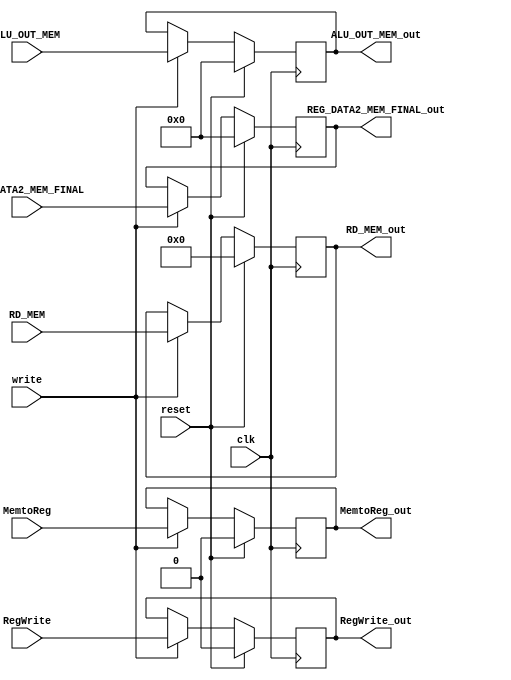
`timescale 1ns / 1ps
//////////////////////////////////////////////////////////////////////////////////
// Company: 
// Engineer: 
// 
// Design Name: 
// Module Name: pipe_MEM_WB
// Project Name: 
// Target Devices: 
// Tool Versions: 
// Description: 
// 
// Dependencies: 
// 
// Revision:
// Revision 0.01 - File Created
// Additional Comments:
// 
//////////////////////////////////////////////////////////////////////////////////


module pipe_MEM_WB(
 input reset,write,clk,
    input MemtoReg,
    input RegWrite,
    input [31:0] ALU_OUT_MEM,
    input [31:0] REG_DATA2_MEM_FINAL,
    input [4:0]RD_MEM,
 
    output reg MemtoReg_out ,
    output reg RegWrite_out,
    output reg [31:0] ALU_OUT_MEM_out,
    output reg [31:0] REG_DATA2_MEM_FINAL_out,
    output reg [4:0]RD_MEM_out
    );
    
    always @(posedge clk)
        if (reset)
        begin

            MemtoReg_out<= 0;
            RegWrite_out<= 0;
            ALU_OUT_MEM_out<= 0;
            REG_DATA2_MEM_FINAL_out<= 0;
            RD_MEM_out <= 0;

            
        end
        else    
        begin
       if (write)
            begin
            MemtoReg_out<= MemtoReg;
            RegWrite_out<= RegWrite;
            ALU_OUT_MEM_out<= ALU_OUT_MEM;
            REG_DATA2_MEM_FINAL_out<= REG_DATA2_MEM_FINAL;
            RD_MEM_out <= RD_MEM;
            end
        end
    
endmodule